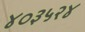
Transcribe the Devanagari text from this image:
४०३५२४